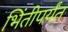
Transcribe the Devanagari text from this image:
भिंतीपर्यंत